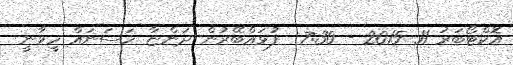
އޮކްޓޯބަރު 11